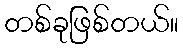
တစ်ခုဖြစ်တယ်။